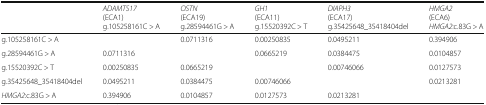
|  | ADAMTS17 (ECA1)g.105258161C > A | OSTN(ECA19)g.28594461G > A | GH1(ECA11)g.15520392C > T | DIAPH3(ECA17)g.35425648_35418404del | HMGA2(ECA6)HMGA2:c.83G > A |
 | --- | --- | --- | --- | --- | --- |
 | g.105258161C > A |  | 0.0711316 | 0.00250835 | 0.0495211 | 0.394906 |
 | g.28594461G > A | 0.0711316 |  | 0.0665219 | 0.0384475 | 0.0104857 |
 | g.15520392C > T | 0.00250835 | 0.0665219 |  | 0.00746066 | 0.0127573 |
 | g.35425648_35418404del | 0.0495211 | 0.0384475 | 0.00746066 |  | 0.0213281 |
 | HMGA2:c.83G > A | 0.394906 | 0.0104857 | 0.0127573 | 0.0213281 |  |